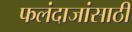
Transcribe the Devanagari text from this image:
फलंदाजांसाठी